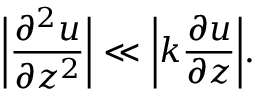
{ \bigg | } { \frac { \partial ^ { 2 } u } { \partial z ^ { 2 } } } { \bigg | } \ll { \bigg | } { k { \frac { \partial u } { \partial z } } } { \bigg | } .